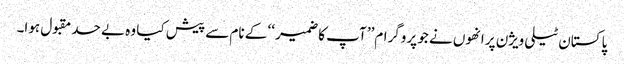
پاکستان ٹیلی ویژن پر انھوں نے جو پروگرام’’ آپ کا ضمیر ‘‘ کے نام سے پیش کیا وہ بے حد مقبول ہوا۔